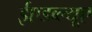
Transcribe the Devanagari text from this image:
ईएडब्ल्यूए